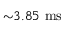
{ \sim } 3 . 8 5 ~ \mathrm { m s }